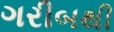
ગરીબથી